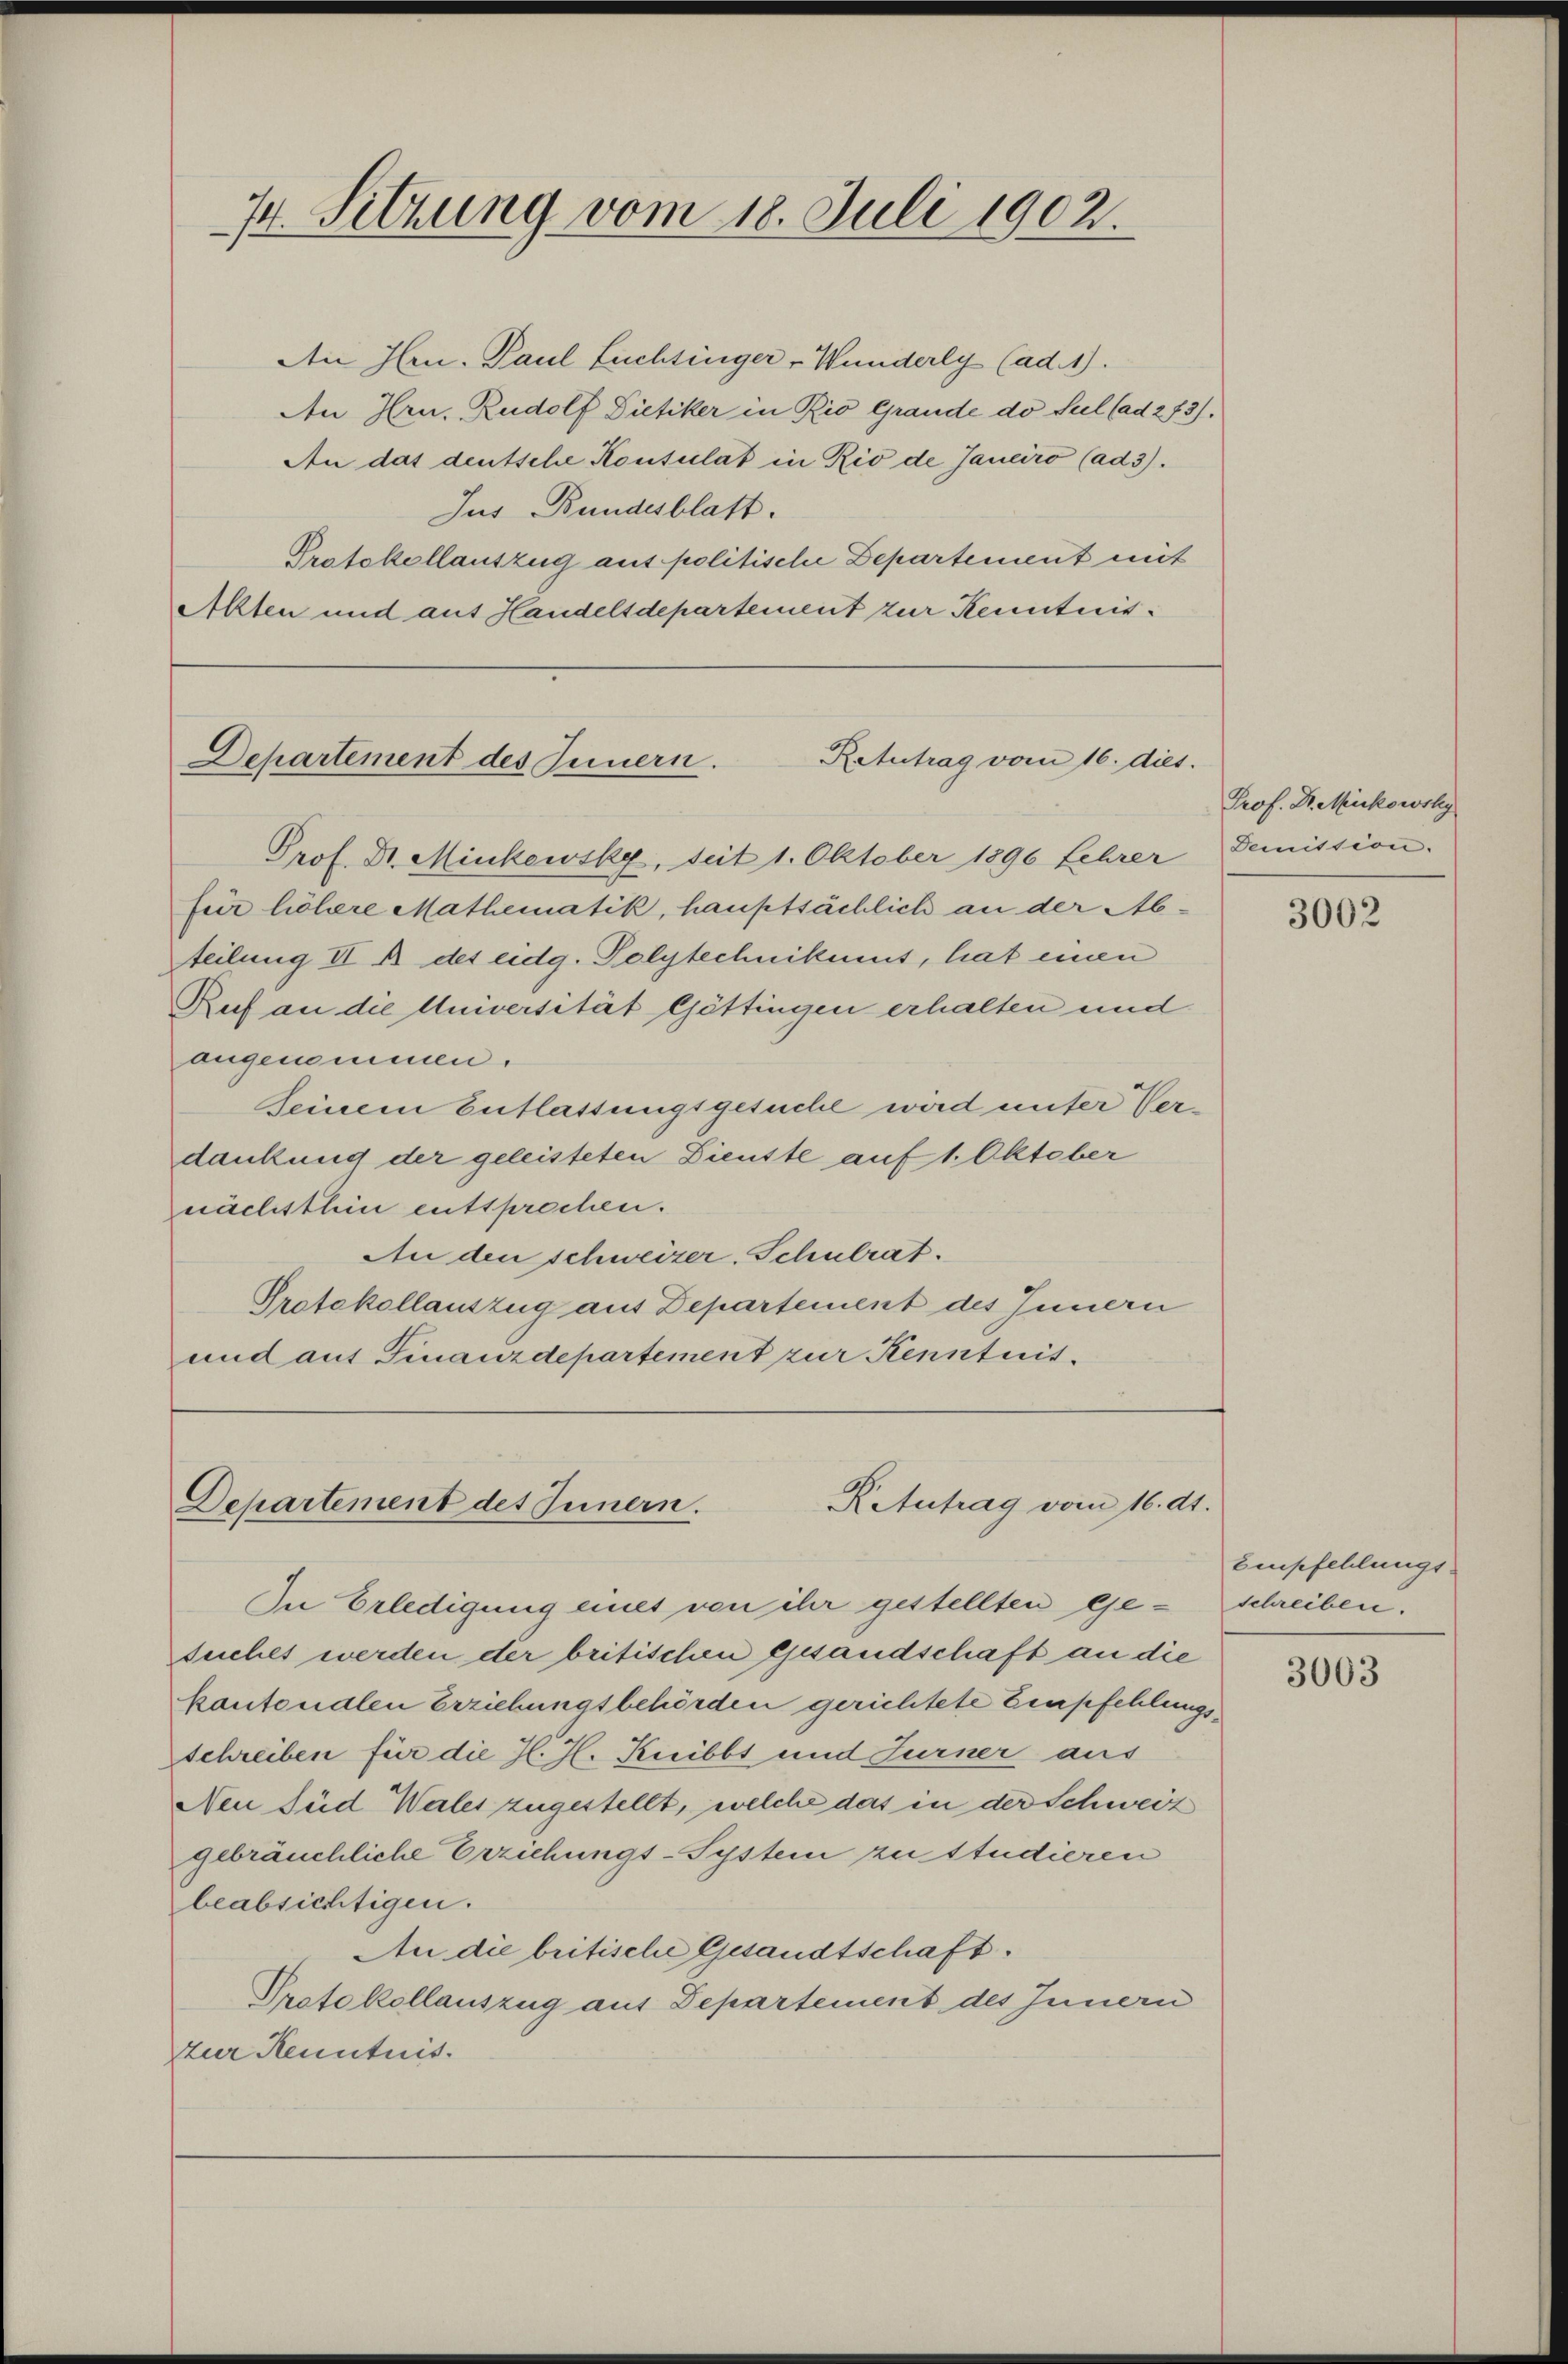
An Hrn. Paul Zuchtinger-Wunderly (ad. 1).
Den Hrn. Rudolf Dietiker in Rio Grande do sul (ad 273).
An das deutsche Konsulat in Rio de Janeiro (ad 3).
Jus Bundesblatt.
Protokollauszug aus politische Departement mit
Alten und aus Handelsdepartement zur Kenntnis¬

74. Sitzung vom 18. Juli 1902.

Retutrag vom 16. dies
Departement des Innern.

Prof. Dr. Minkewsky, Seit 1. Oktober 1896 Lehrer
fer höhere Mathematik, hauptsächlich an der Abteilung II A des eidg. Polytechnikums, hat einen
Ruf an die Universität Göttingen erhalten und
angenommen.
Seinem Entlassungsgesuche wird unter Verdankung der geleisteten Dienste auf 1. Oktober
nächsthin entsprochen.
An den schweizer, Schulrat.
Protokollauszug aus Departement des Innern
und auf Finanzdepartement zur Kenntnis.

KAtutrag vom 16. dt.
Departement des Innern.

In Erledigung eines von ihr gestellten gesuches werden der britischen gesandschaft an die
kontonalen Erziehungsbehörden gerichtete Empfehlungsschreiben für die H. H. Kribbt und Furner aus
Nen Sud Wales zugestellt, welche das in der Schweiz
gebräuchliche Erziehungs-System zu studieren
beabsichtigen.
An die britische Gesandtschaft.
Protokollauszug aus Departement des Innern
zur Kenntnis.

Prof. Dr. Mickowsky
Demission.

3002

Empfehlungs-
schreiben.

3063